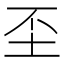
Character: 𡉤